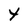
Character: Y